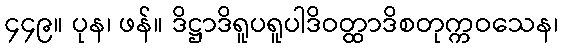
၄၄၉။ ပုန၊ ဖန်။ ဒိဋ္ဌာဒိရူပရူပါဒိဝတ္ထာဒိစတုက္ကဝသေန၊